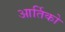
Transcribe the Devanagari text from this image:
आर्तिको